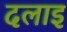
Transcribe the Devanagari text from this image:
दलाइ